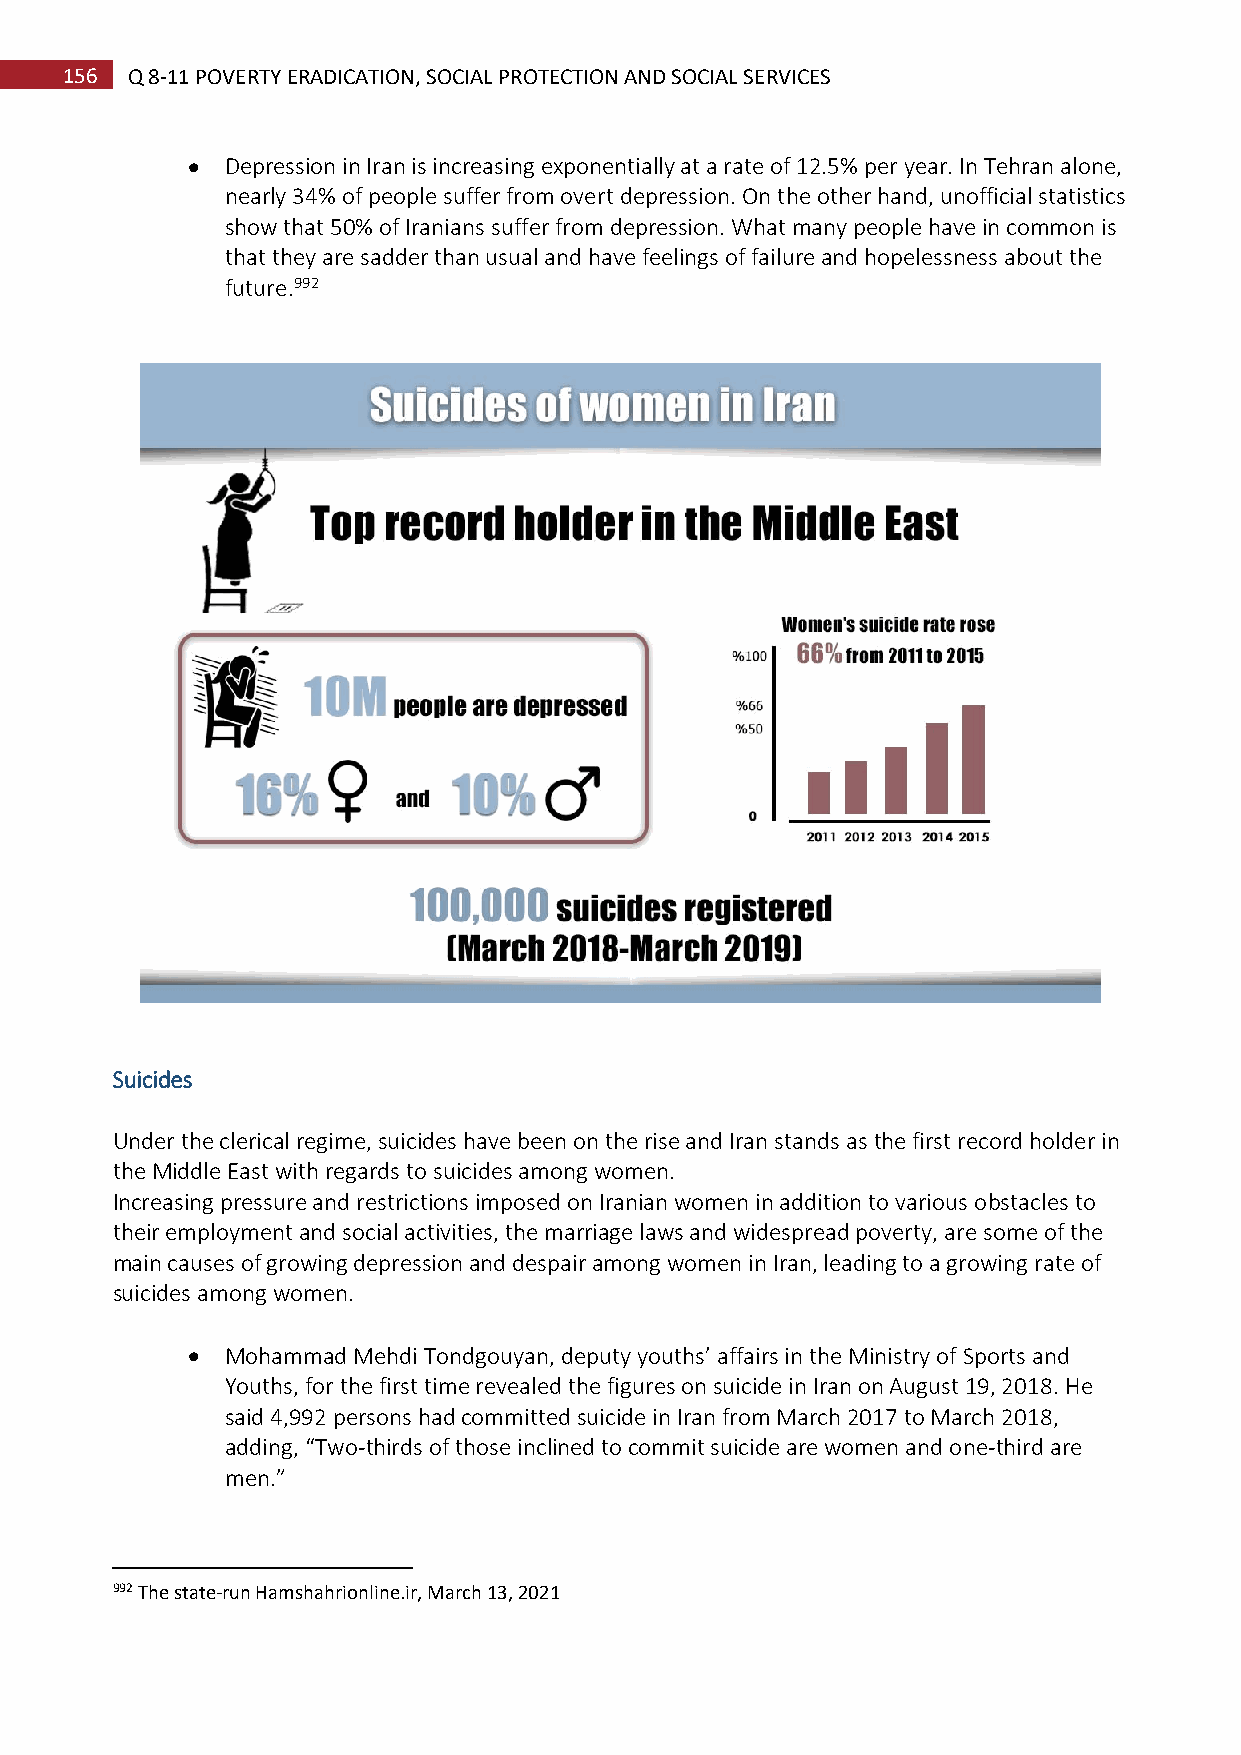
156 Q 8-11 POVERTY ERADICATION, SOCIAL PROTECTION AND SOCIAL SERVICES
   Depression in Iran is increasing exponentially at a rate of 12.5% per year. In Tehran alone,
 nearly 34% of people suffer from overt depression. On the other hand, unofficial statistics
 show that 50% of Iranians suffer from depression. What many people have in common is
 that they are sadder than usual and have feelings of failure and hopelessness about the
 future.992
 Suicides
 Under the clerical regime, suicides have been on the rise and Iran stands as the first record holder in
 the Middle East with regards to suicides among women.
 Increasing pressure and restrictions imposed on Iranian women in addition to various obstacles to
 their employment and social activities, the marriage laws and widespread poverty, are some of the
 main causes of growing depression and despair among women in Iran, leading to a growing rate of
 suicides among women.
   Mohammad Mehdi Tondgouyan, deputy youths’ affairs in the Ministry of Sports and
 Youths, for the first time revealed the figures on suicide in Iran on August 19, 2018. He
 said 4,992 persons had committed suicide in Iran from March 2017 to March 2018,
 adding, “Two-thirds of those inclined to commit suicide are women and one-third are
 men.”
 992 The state-run Hamshahrionline.ir, March 13, 2021